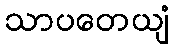
သာပတေယျံ